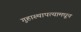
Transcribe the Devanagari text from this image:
गुहास्थापत्यामधून